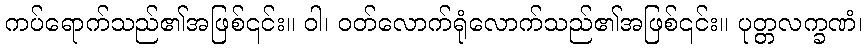
ကပ်ရောက်သည်၏အဖြစ်၎င်း။ ဝါ၊ ဝတ်လောက်ရုံလောက်သည်၏အဖြစ်၎င်း။ ပုတ္တလက္ခဏံ၊